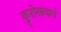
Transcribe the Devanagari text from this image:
कुरोसावाने